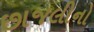
છાજલીનો